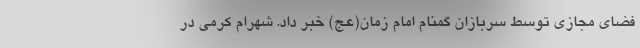
فضای مجازی توسط سربازان گمنام امام زمان(عج) خبر داد. شهرام کرمی در